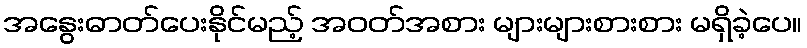
အနွေးဓာတ်ပေးနိုင်မည့် အဝတ်အစား များများစားစား မရှိခဲ့ပေ။